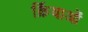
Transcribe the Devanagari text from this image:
र्क्रियाओं